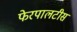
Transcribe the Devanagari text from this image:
फेरपालटीस